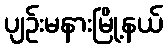
ပျဉ်းမနားမြို့နယ်